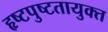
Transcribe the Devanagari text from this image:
हृष्टपुष्टतायुक्त